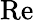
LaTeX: \mathrm{Re}